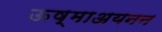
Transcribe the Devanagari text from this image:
ऊष्माअयनन